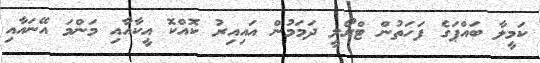
ކަމީލާ ބައްޕަގެ ފަހަތުން ޓްރޯލީ ދަމަމުން އައިއިރު ކޮއްކޮ އީކާއާއި މަންމަ އޭނައާއި